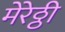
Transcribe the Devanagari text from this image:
मेरेठ्ठी